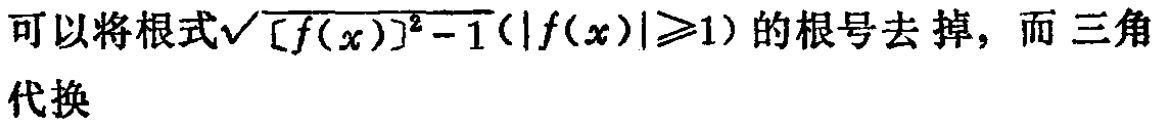
可以将根式\(\sqrt{[f(x)]^{2}-1}(|f(x)|\geqslant1)\)的根号去掉，而三角代换